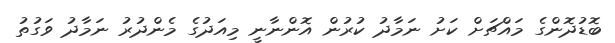
ބޮޑުދޮންގެ މައްޗަށް ކަށު ނަމާދު ކުރުން އޮންނާނީ މިއަދުގެ މެންދުރު ނަމާދު ވަގުތު